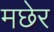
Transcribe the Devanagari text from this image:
मछेर